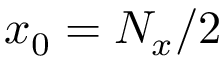
x _ { 0 } = N _ { x } / 2